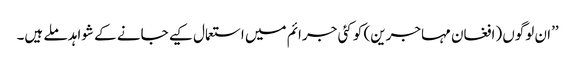
’’ان لوگوں (افغان مہاجرین) کو کئی جرائم میں استعمال کیے جانے کے شواہد ملے ہیں۔